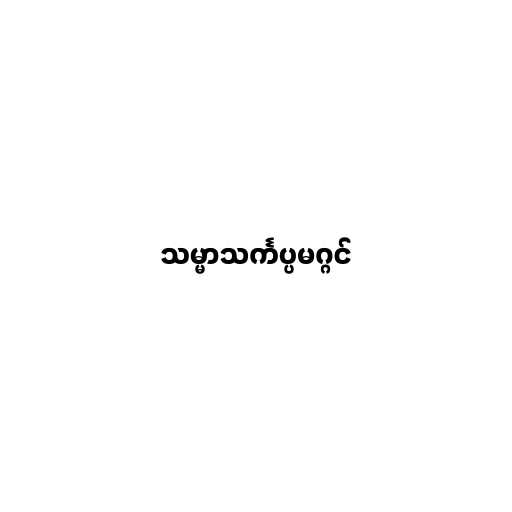
သမ္မာသင်္ကပ္ပမဂ္ဂင်